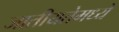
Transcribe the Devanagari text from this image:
जातीयतेमध्ये